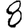
Digit: 8